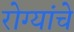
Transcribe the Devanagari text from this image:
रोग्यांचे